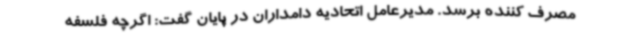
مصرف کننده برسد. مدیرعامل اتحادیه دامداران در پایان گفت: اگرچه فلسفه